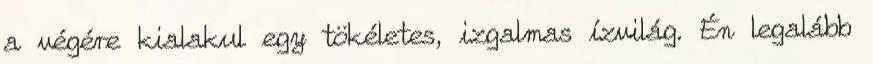
a végére kialakul egy tökéletes, izgalmas ízvilág. Én legalább